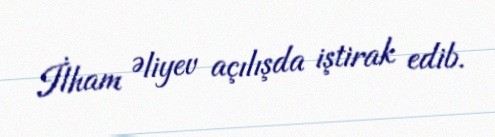
İlham Əliyev açılışda iştirak edib.